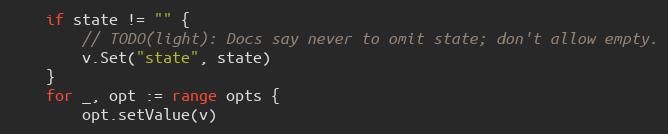
Language: Go
	if state != "" {
		// TODO(light): Docs say never to omit state; don't allow empty.
		v.Set("state", state)
	}
	for _, opt := range opts {
		opt.setValue(v)